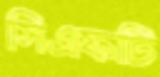
সিএফটি